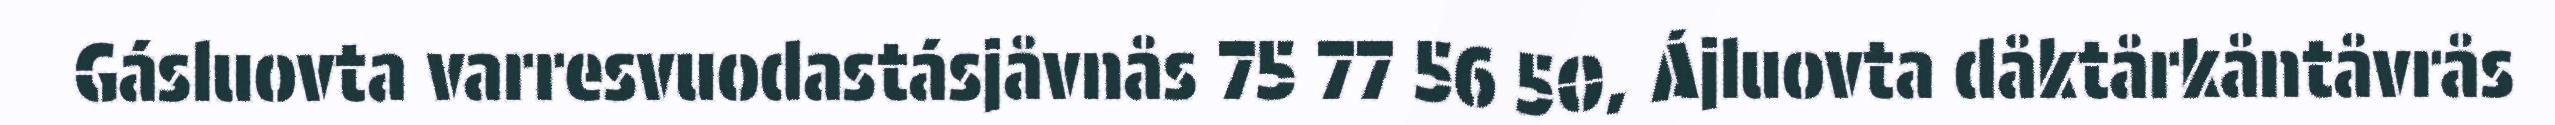
Gásluovta varresvuodastásjåvnås 75 77 56 50, Ájluovta dåktårkåntåvrås